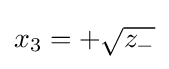
x_{3}=+{\sqrt {z_{-}}}\,\!